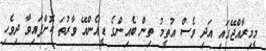
މީމިރާއްޖޭގައި އަދި ވެސް އުތީމު ތިން ބެއިންގެ ޑީއެންއޭ ވާރުތަ ކޮށްފައިވާ ދިވެހި